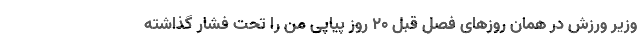
وزیر ورزش در همان روزهای فصل قبل 20 روز پیاپی من را تحت فشار گذاشته